Civil Veterinary Department Bihar & Orissa reports 1922-29 - 1922-1929
Year: 1922
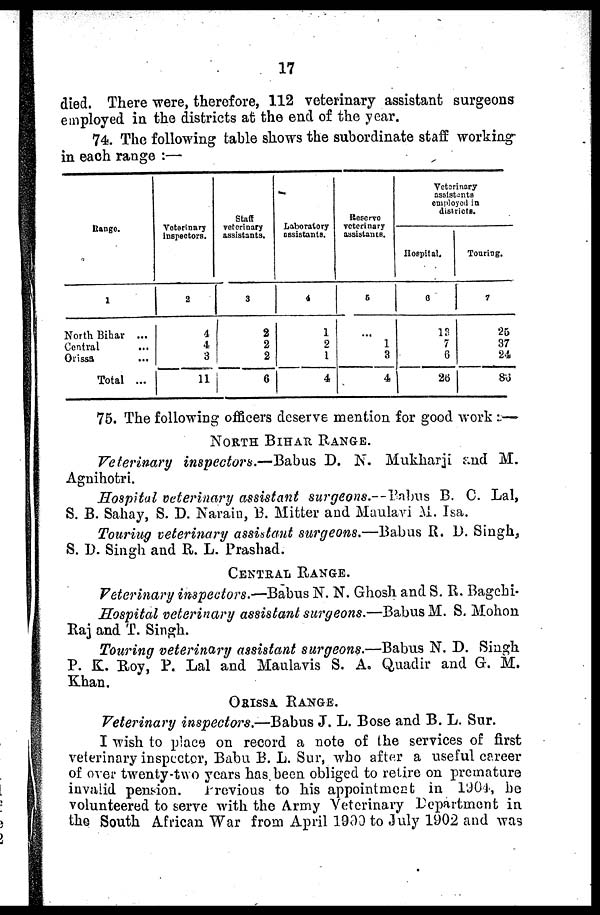
17
died. There were, therefore, 112 veterinary assistant surgeons
employed in the districts at the end of the year.
74. The following table shows the subordinate staff working-
in each range :—
Range.
1
North Bihar ...
Central
Orissa
Total ...
Veterinary
inspectors.
2
4
4
3
11
Staff
veterinary
assistants.
3
2
2
2
6
Laboratory
assistants.
4
1
2
1
4
Reserve
veterinary
assistants.
5
1
3
4
Veterinary
assistants
employed in
districts.
Hospital.
6
13
7
6
26
Touring.
7
25
37
24
86
75. The following officers deserve mention for good work :.—
NORTH BIHAR RANGE.
Veterinary inspector a.—Babus D. N. Mukharji and M.
Agnihotri.
Hospital veterinary assistant surgeons.— Babus B. C. Lal,
S. B. Sahay, S. D. Naraiu, 13. Mitter and Maulavi M. Isa.
Touring veterinary assistant surgeons.—Babus R. D. Singly
S. D. Singh and R. L. Prashad.
CENTRAL RANGE.
Veterinary inspectors.—Babus N. N. Ghosh and S. R. Bagehi-
Hospital veterinary assistant surgeons.—Babus M. S. Mohon
Raj and T. Singh.
Touring veterinary assistant surgeons.—Babus N. D. Singh
P. K. Roy, P. Lal and Maulavis S. A, Quadir and G. M.
Khan.
ORISSA RANGE.
Veterinary inspectors.—Babus J. L. Bose and B. L. Sur.
I wish to place on record a note of the services of first
veterinary inspector, Babu B. L. Sur, who after a useful career
of over twenty-two years has been obliged to retire on premature
invalid pension.
Previous to his appointment in 1904, ho
volunteered to serve with the Army Veterinary Department in
the South African War from April 1900 to July 1902 and was